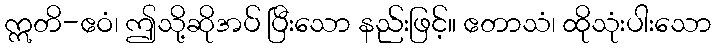
ဣတိ-ဧဝံ၊ ဤသို့ဆိုအပ် ပြီးသော နည်းဖြင့်။ ဧတာသံ၊ ထိုသုံးပါးသော